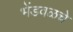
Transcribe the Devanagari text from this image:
भेंडवळचे